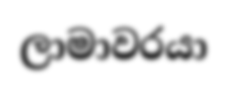
ලාමාවරයා